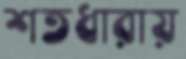
শতধারায়